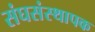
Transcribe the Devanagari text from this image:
संघसंस्थापक